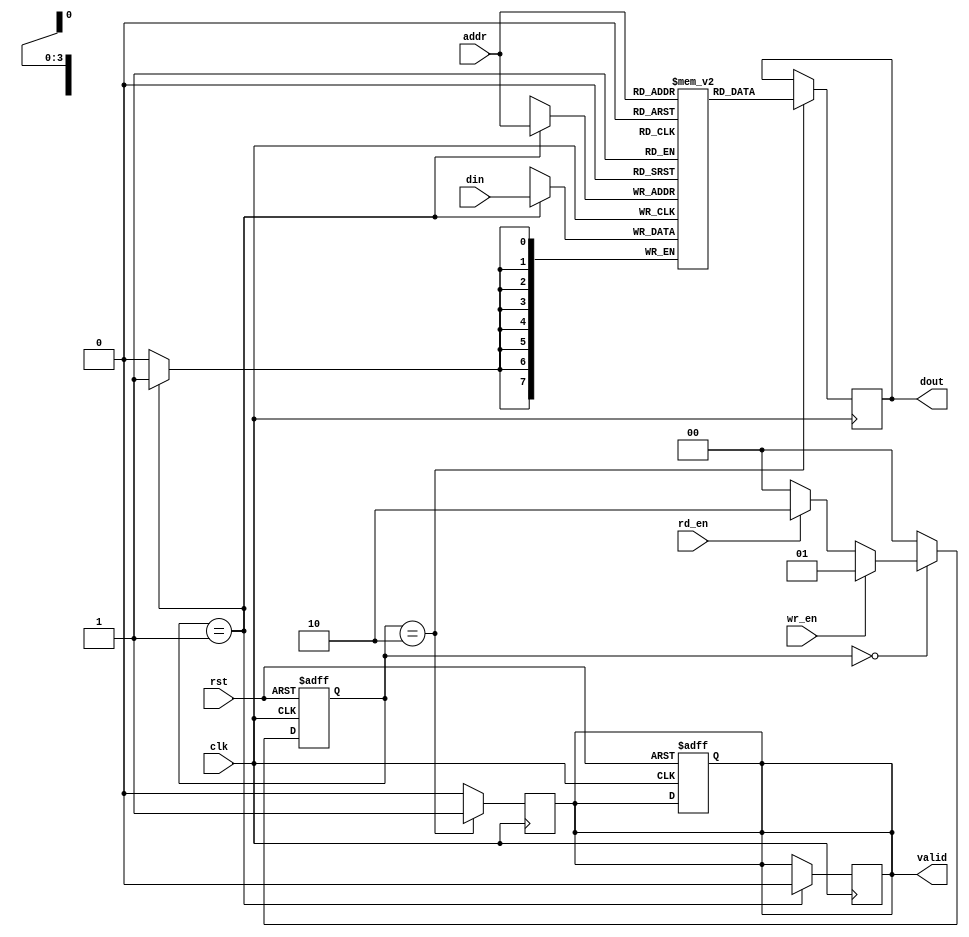
module pipelined_sram #(
    parameter DATA_WIDTH = 8,         // Width of each word
    parameter ADDR_WIDTH = 4,         // Number of address bits
    parameter MEM_DEPTH = 16           // Depth of the memory (2^ADDR_WIDTH)
)(
    input wire clk,                    // Clock signal
    input wire rst,                    // Reset signal
    input wire wr_en,                  // Write enable signal
    input wire rd_en,                  // Read enable signal
    input wire [ADDR_WIDTH-1:0] addr,  // Address input
    input wire [DATA_WIDTH-1:0] din,   // Data input
    output reg [DATA_WIDTH-1:0] dout,  // Data output
    output reg valid                    // Output valid signal
);

    // SRAM Memory Array
    reg [DATA_WIDTH-1:0] memory [0:MEM_DEPTH-1];

    // Address Decoder Outputs
    wire [ADDR_WIDTH-1:0] row_addr;
    wire [ADDR_WIDTH-1:0] col_addr;

    // Control signals
    reg [1:0] state, next_state;
    localparam IDLE = 2'b00, WRITE = 2'b01, READ = 2'b10;

    // Pipelined Control Logic
    always @(posedge clk or posedge rst) begin
        if (rst) begin
            state <= IDLE;
            valid <= 0;
        end else begin
            state <= next_state;
        end
    end

    always @(*) begin
        case (state)
            IDLE: begin
                if (wr_en) begin
                    next_state = WRITE;
                end else if (rd_en) begin
                    next_state = READ;
                end else begin
                    next_state = IDLE;
                end
            end
            WRITE: begin
                next_state = IDLE; // Transition back to IDLE after WRITE
            end
            READ: begin
                next_state = IDLE; // Transition back to IDLE after READ
            end
            default: next_state = IDLE;
        endcase
    end

    // SRAM Write Operation
    always @(posedge clk) begin
        if (state == WRITE) begin
            memory[addr] <= din; // Write data to memory
            valid <= 1'b0;       // Clear valid signal until next read
        end
    end

    // SRAM Read Operation
    always @(posedge clk) begin
        if (state == READ) begin
            dout <= memory[addr]; // Read data from memory
            valid <= 1'b1;        // Set valid signal
        end else begin
            valid <= 1'b0;        // Clear valid signal when not reading
        end
    end

endmodule